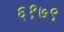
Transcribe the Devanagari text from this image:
६१७९